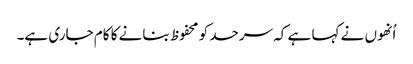
اُنھوں نے کہا ہے کہ سرحد کو محفوظ بنانے کا کام جاری ہے۔